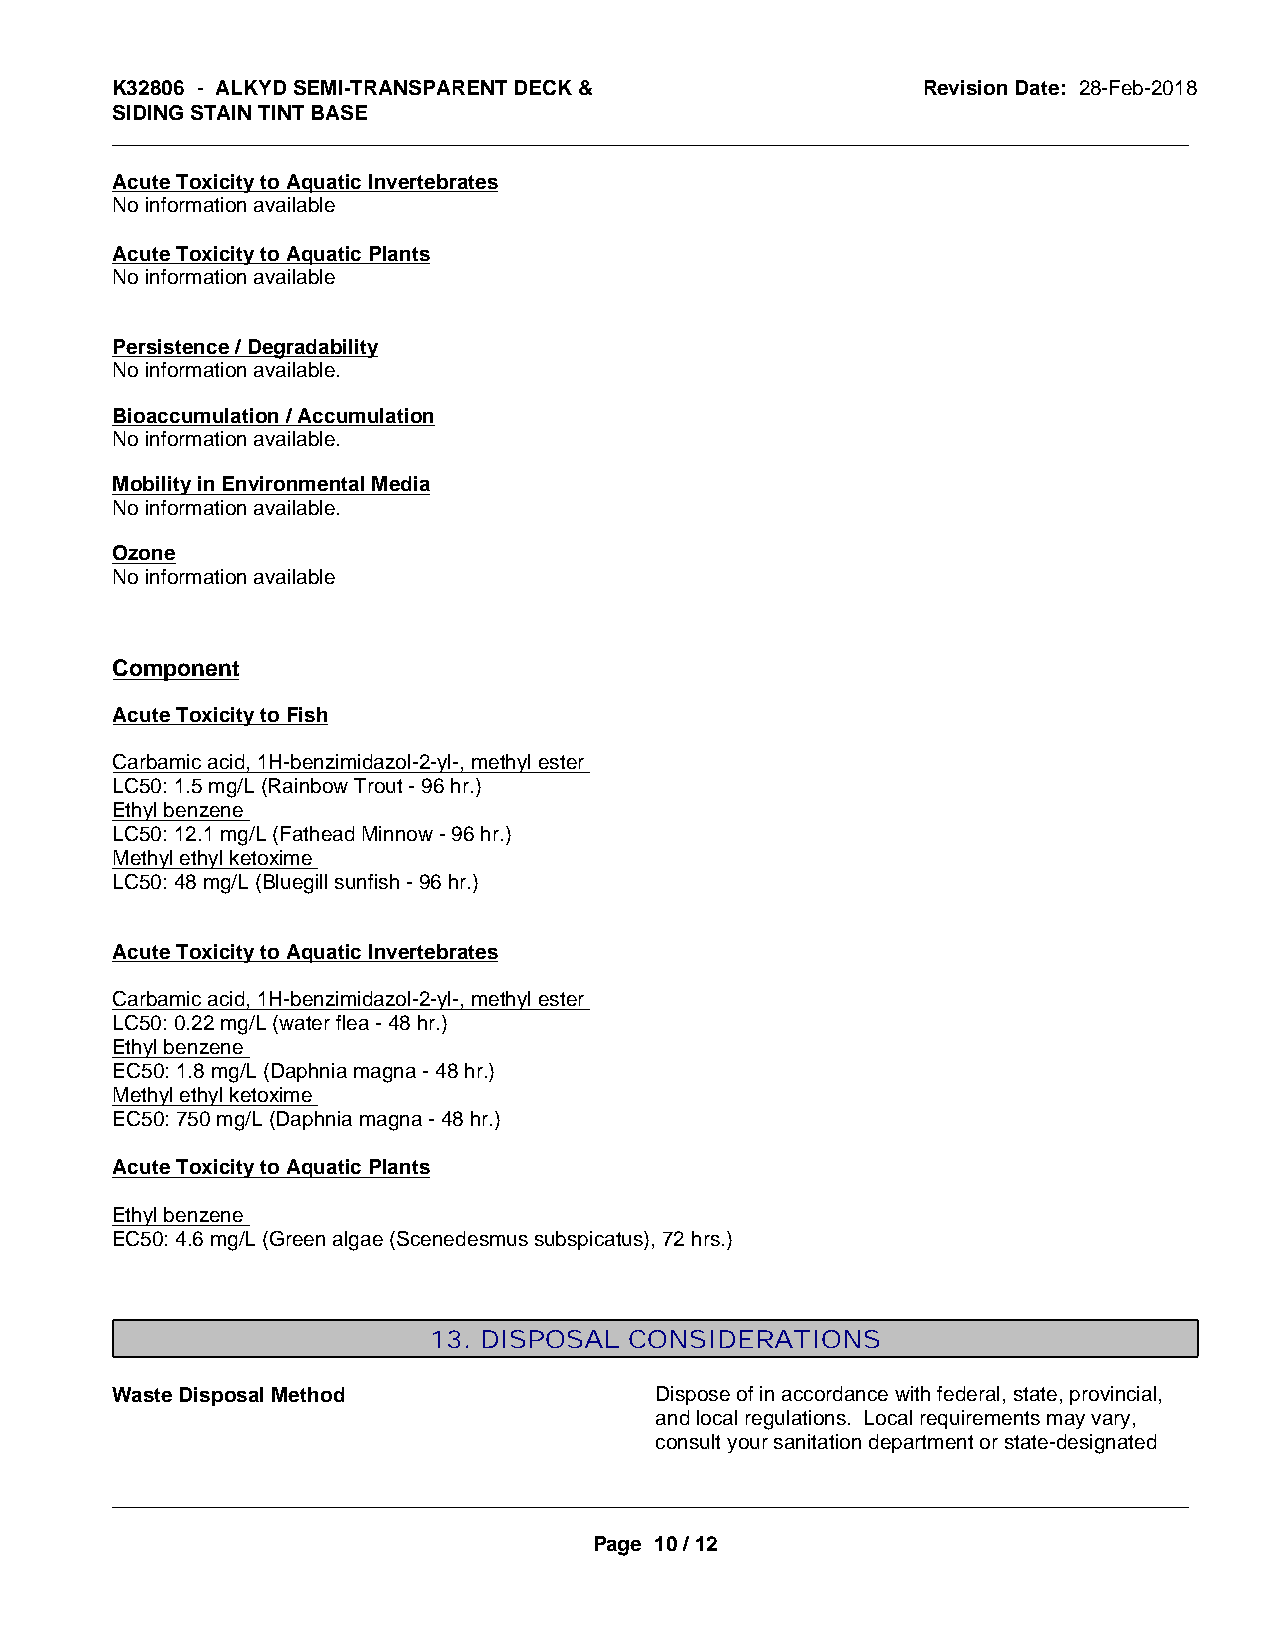
K32806 - ALKYD SEMI-TRANSPARENT DECK &                Revision Date: 28-Feb-2018
 SIDING STAIN TINT BASE
 _____________________________________________________________________________________________
 Acute Toxicity to Aquatic Invertebrates
 No information available
 Acute Toxicity to Aquatic Plants
 No information available
 Persistence / Degradability
 No information available.
 Bioaccumulation / Accumulation
 No information available.
 Mobility in Environmental Media
 No information available.
 Ozone
 No information available
 Component
 Acute Toxicity to Fish
 Carbamic acid, 1H-benzimidazol-2-yl-, methyl ester
 LC50: 1.5 mg/L (Rainbow Trout - 96 hr.)
 Ethyl benzene
 LC50: 12.1 mg/L (Fathead Minnow - 96 hr.)
 Methyl ethyl ketoxime
 LC50: 48 mg/L (Bluegill sunfish - 96 hr.)
 Acute Toxicity to Aquatic Invertebrates
 Carbamic acid, 1H-benzimidazol-2-yl-, methyl ester
 LC50: 0.22 mg/L (water flea - 48 hr.)
 Ethyl benzene
 EC50: 1.8 mg/L (Daphnia magna - 48 hr.)
 Methyl ethyl ketoxime
 EC50: 750 mg/L (Daphnia magna - 48 hr.)
 Acute Toxicity to Aquatic Plants
 Ethyl benzene
 EC50: 4.6 mg/L (Green algae (Scenedesmus subspicatus), 72 hrs.)
 13. DISPOSAL  CONSIDERATIONS
 Waste Disposal Method               Dispose of in accordance with federal, state, provincial,
 and local regulations. Local requirements may vary,
 consult your sanitation department or state-designated
 _____________________________________________________________________________________________
 Page 10 / 12